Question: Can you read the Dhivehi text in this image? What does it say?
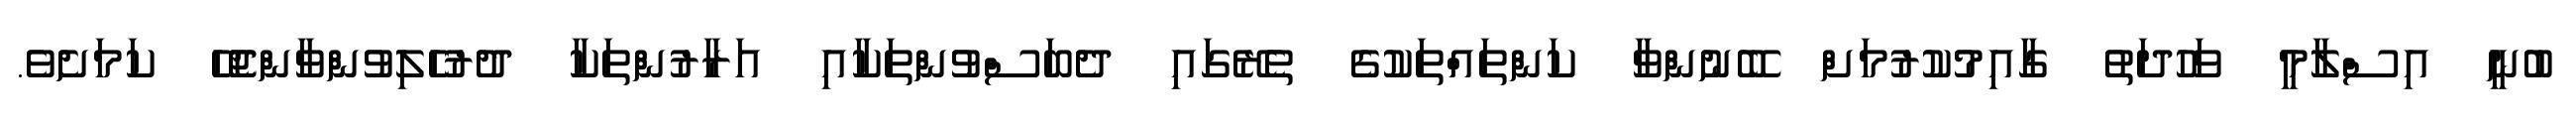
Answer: ބުނީ އިސްލާމީ ވަހުދަތު ގާއިމުކުރުމަށް ބޭނުންވާ ކަންތައްތަކުގެ ތެރޭގައި ދެބަސްވުންތަކާއި އަރާރުންތަކާ ދުރުހެލިވުންވާންޖެހޭ ކަމަށެވެ.